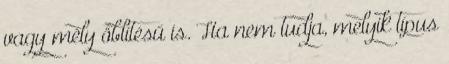
vagy mély öblítésű is. Ha nem tudja, melyik típus